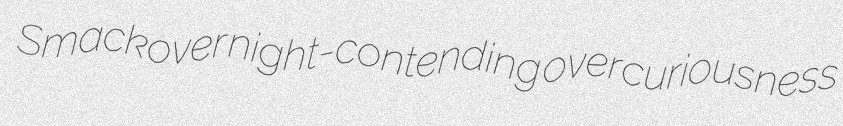
Smackover night-contending overcuriousness